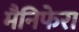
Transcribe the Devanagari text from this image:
मैनिफेरा